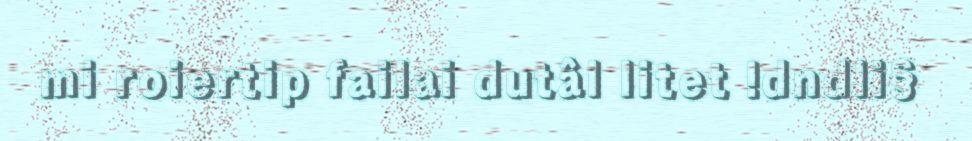
mi roiertip failai dutâl litet !dndli§